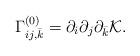
LaTeX: \begin{align*} \Gamma^{(0)}_{ij,\bar{k}}=\partial_i\partial_j\partial_{\bar{k}}\mathcal{K}.\end{align*}